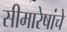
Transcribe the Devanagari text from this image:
सीमारेषांचे